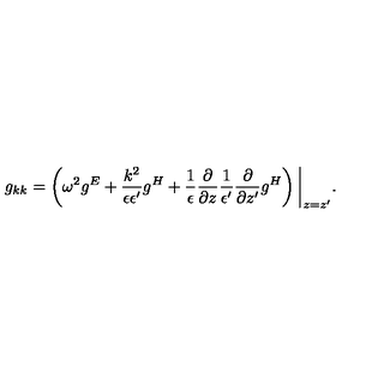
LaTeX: g _ { k k } = \left( \omega ^ { 2 } g ^ { E } + { \frac { k ^ { 2 } } { \epsilon \epsilon ^ { \prime } } } g ^ { H } + { \frac { 1 } { \epsilon } } { \frac { \partial } { \partial z } } { \frac { 1 } { \epsilon ^ { \prime } } } { \frac { \partial } { \partial z ^ { \prime } } } g ^ { H } \right) \bigg | _ { z = z ^ { \prime } } .